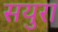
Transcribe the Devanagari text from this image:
सयुरा